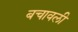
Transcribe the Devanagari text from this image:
बचावली